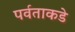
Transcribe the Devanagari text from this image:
पर्वताकडे